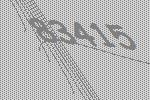
83415